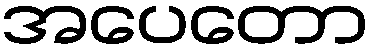
အပေတော